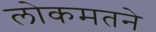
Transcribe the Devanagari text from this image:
लोकमतने